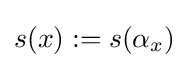
s(x):=s(\alpha _{x})